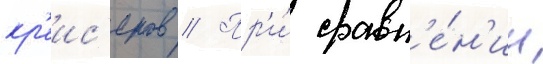
кр'еис'еров // Пр'и́ сравн'е́н'ии